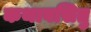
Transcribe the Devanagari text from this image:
कथावसितु